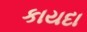
કાયદા